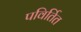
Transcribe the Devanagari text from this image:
पविर्तित